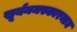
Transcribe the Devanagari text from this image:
सूर्यनमस्कारमाघ